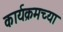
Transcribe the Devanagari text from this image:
कार्यक्रमच्या